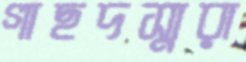
গাছদস্যুরা